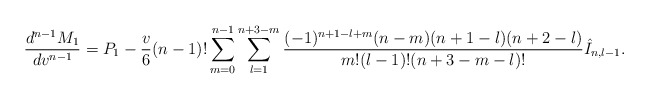
\begin{align*} \frac{d^{n-1}M_1}{dv^{n-1}}=P_1-\frac{v}{6}(n-1)!\sum_{m=0}^{n-1}\sum_{l=1}^{n+3-m}\frac{(-1)^{n+1-l+m}(n-m)(n+1-l)(n+2-l)}{m!(l-1)!(n+3-m-l)!}\hat{I}_{n,l-1}.\end{align*}